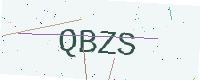
Text: QBZS